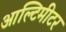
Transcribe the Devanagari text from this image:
आल्टिमीटर